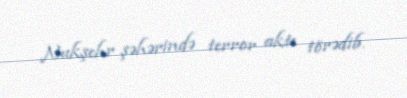
Nukşehr şəhərində terror aktı törədib.